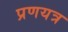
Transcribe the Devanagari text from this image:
प्रणयत्र